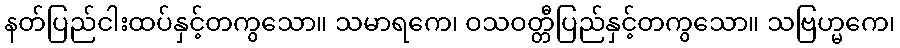
နတ်ပြည်ငါးထပ်နှင့်တကွသော။ သမာရကေ၊ ဝသဝတ္တီပြည်နှင့်တကွသော။ သဗြဟ္မကေ၊